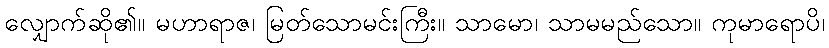
လျှောက်ဆို၏။ မဟာရာဇ၊ မြတ်သောမင်းကြီး။ သာမော၊ သာမမည်သော။ ကုမာရောပိ၊